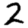
Digit: 2